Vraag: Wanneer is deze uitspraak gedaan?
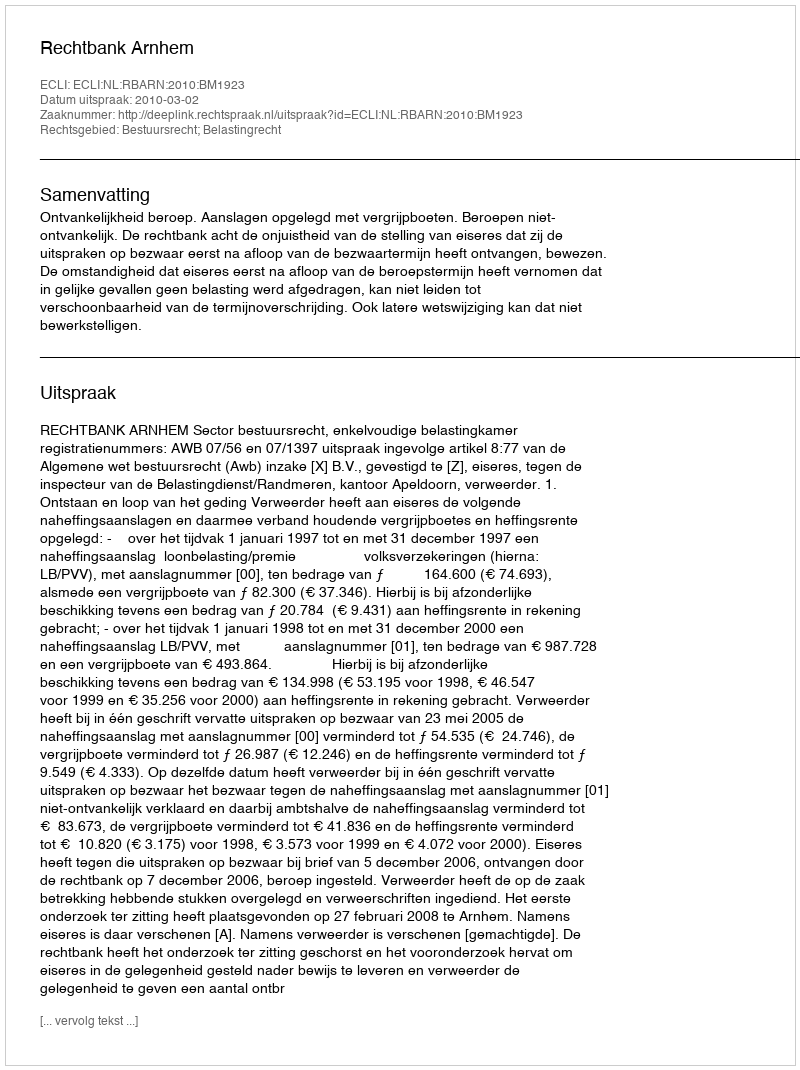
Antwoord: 2010-03-02